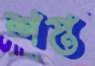
শপ্ত